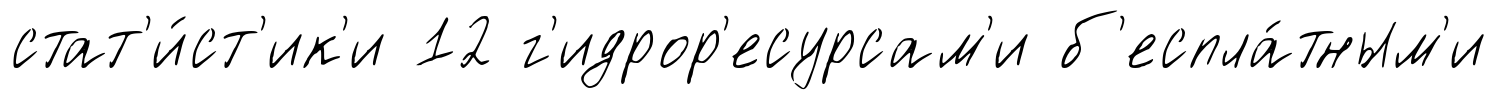
стат'и́ст'ик'и 12 г'идрор'есурсам'и б'еспла́тным'и